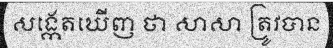
សង្កេតឃើញ ថា សាសា ត្រូវបាន